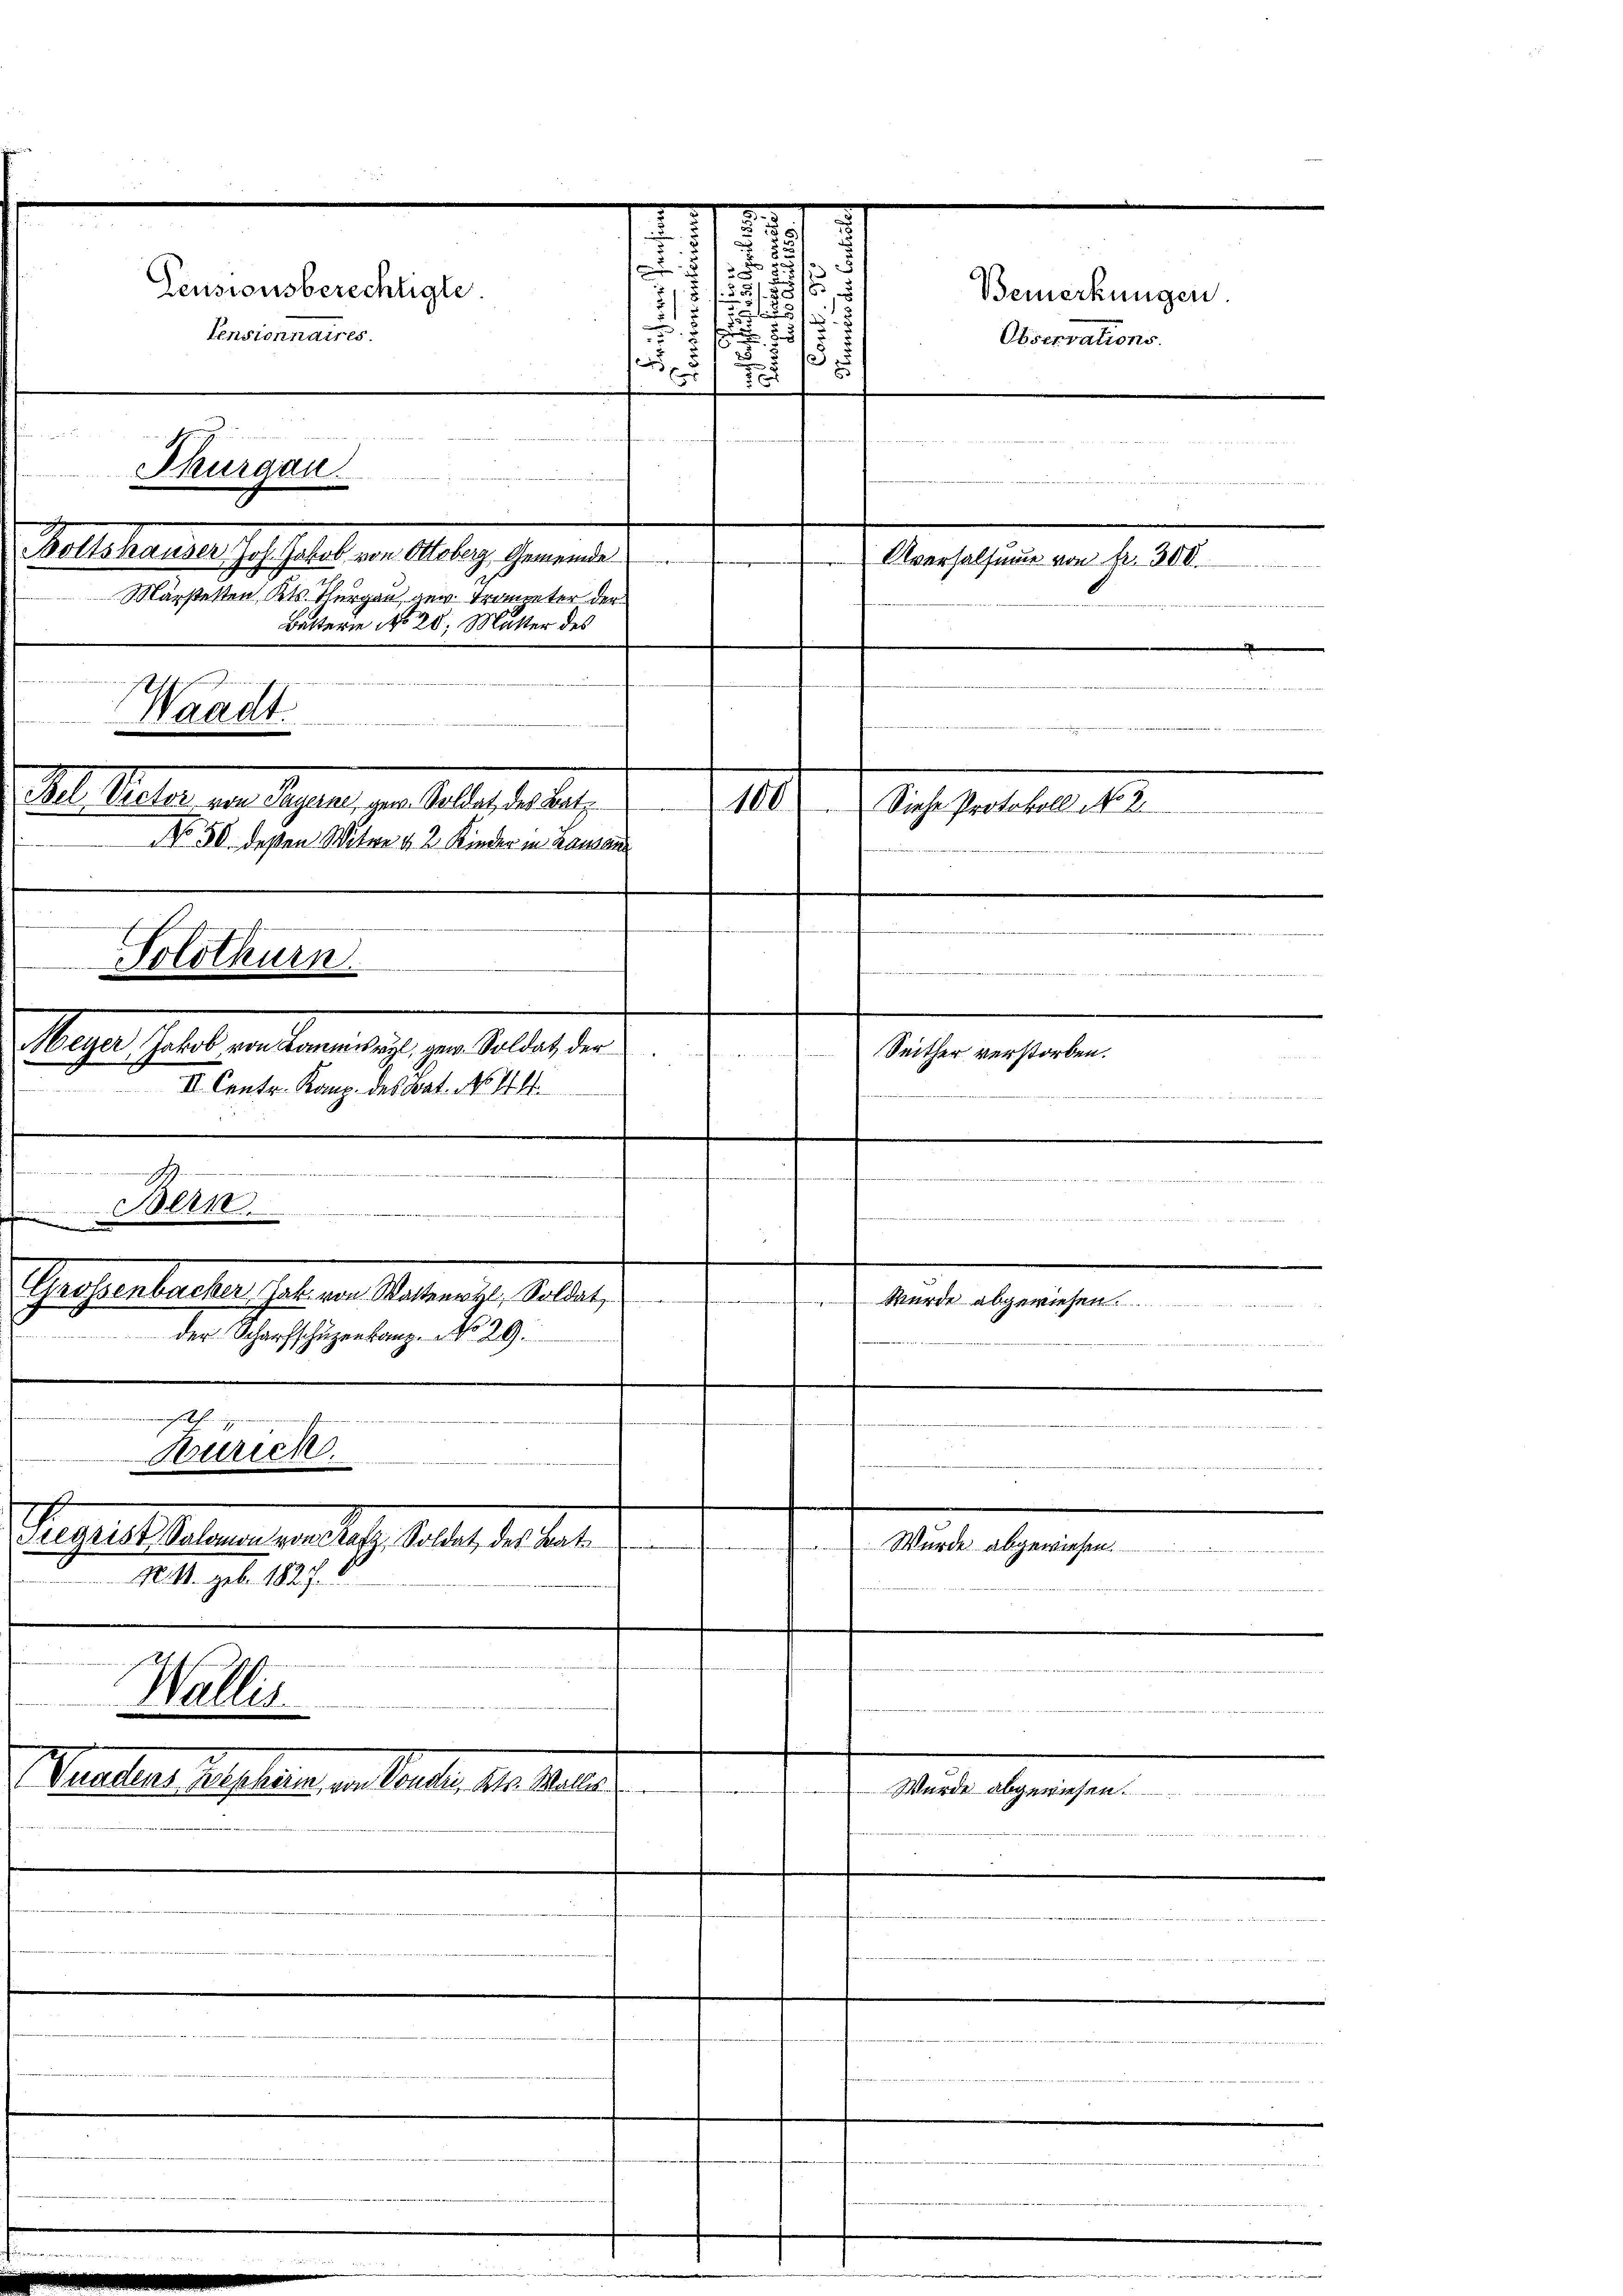
Magen Gelat in der einers, er alles der
 1 Herr v.
II. Centr. Kanz. des Rat. No. 414.

Pensionsberechtigte
tensionnaires.

H
Thurgau.
Pollishauses Jahrheirat in Maler Gemeinde
Märstelten Kts. Thurgau anw. Trompeter der

2
Waadt
M. Peter in Papier, zur Kelle der betr.
No 50. deßen Witwe v. 2. Kinder in Kaman

e
x

Solothurn

m
m
el
Burich
Pergestehenen an sich heute, in der
N. 11. geb. 1827.

.
Theaterbrechen habe an Stadtrecht Sollen
der Scharfschientanz. No. 29.

Bern

Wallis

Betterie No 20, Mutter des

Mueter Beschlag in Mater 189 Al.

.
51
u
.

21
s

.
 25/3
.
u
15
c

Bemerkungen.
Observations.

Alverhaltung von Fr. 300.
e

100. Siehe Protokoll No 2.

ine eigenden
Seither verstorben.
e
   Be

ndnisse
.
J
 Wurde abgewiesen

Wurde abgewiesen.

Wurde abgewiesen.